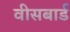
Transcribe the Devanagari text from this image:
वीसबार्ड